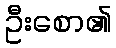
ဦးစော၏